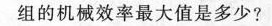
组的机械效率最大值是多少?